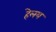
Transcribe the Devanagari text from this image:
हेलय